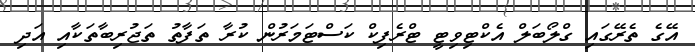
އޭގެ ތެރޭގައި ގްލޯބަލް އެކްޓިވިޓީ ޓްރެފިކް ކަސްޓަމަރުން ކުރާ ތަފާތު ތަޖުރިބާތަކާއި އަދި